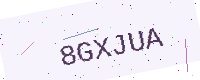
Text: 8GXJUA